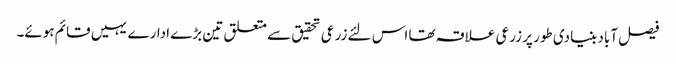
فیصل آباد بنیادی طور پر زرعی علاقہ تھا اس لئے زرعی تحقیق سے متعلق تین بڑے ادارے یہیں قائم ہوئے۔